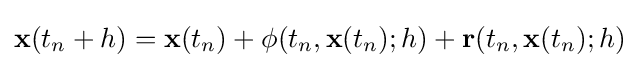
\mathbf {x} (t_{n}+h)=\mathbf {x} (t_{n})+\mathbf {\phi } (t_{n},\mathbf {x} (t_{n});h)+\mathbf {r} (t_{n},\mathbf {x} (t_{n});h)